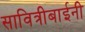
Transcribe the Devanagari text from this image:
सावित्रीबाईनी